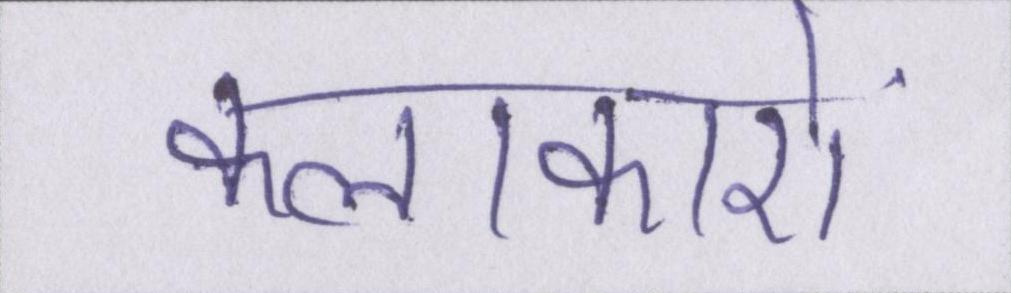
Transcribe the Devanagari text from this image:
कलाकारों